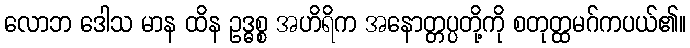
လောဘ ဒေါသ မာန ထိန ဥဒ္ဓစ္စ အဟိရိက အနောတ္တပ္ပတို့ကို စတုတ္ထမဂ်ကပယ်၏။